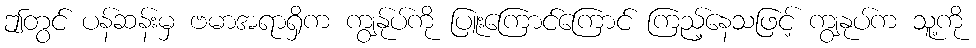
ဤတွင် ပန်ဆန်းမှ ဗမာအရာရှိက ကျွန်ုပ်ကို ပြူးကြောင်ကြောင် ကြည့်နေသဖြင့် ကျွနုပ်က သူ့ကို